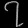
Digit: ၇